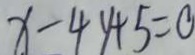
x - 4 y + 5 = 0